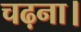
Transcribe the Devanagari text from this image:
चढ़ना।